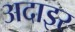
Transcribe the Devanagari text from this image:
अदाइर